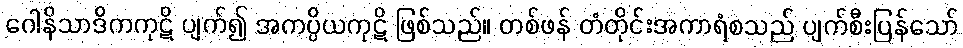
ဂေါနိသာဒိကကုဋိ ပျက်၍ အကပ္ပိယကုဋိ ဖြစ်သည်။ တစ်ဖန် တံတိုင်းအကာရံစသည် ပျက်စီးပြန်သော်